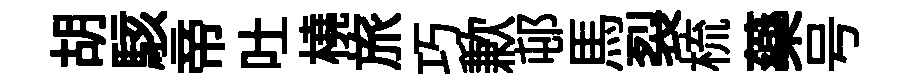
胡駭帝吐橈旅巧歉邨馬裂梳藥号